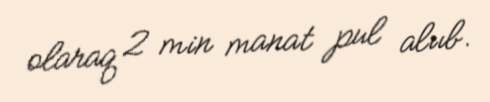
olaraq 2 min manat pul alııb.